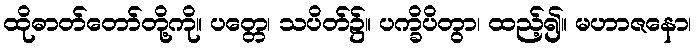
ထိုဓာတ်တော်တို့ကို။ ပတ္တေ၊ သပိတ်၌။ ပက္ခိပိတွာ၊ ထည့်၍။ မဟာဇနော၊